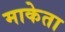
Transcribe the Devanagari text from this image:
माकेता